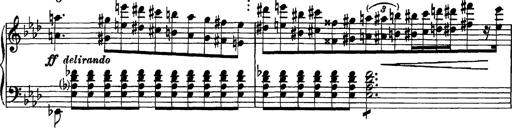
Title: Grandes Etudes
Composer: Franz Liszt